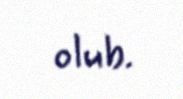
olub.